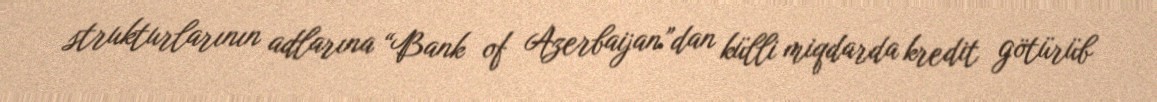
strukturlarının adlarına “Bank of Azerbaijan”dan külli miqdarda kredit götürüb